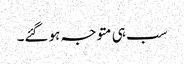
سب ہی متوجہ ہوگئے۔